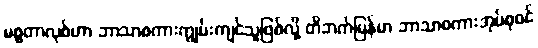
မစ္စတာလုစ်ဟာ ဘာသာစကားကျွမ်းကျင်သူဖြစ်လို့ တိဘက်မြန်မာ ဘာသာစကားအုပ်စုဝင်